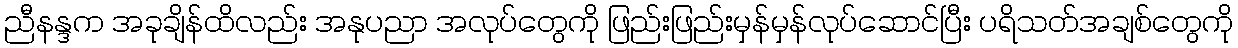
ညီနန္ဒက အခုချိန်ထိလည်း အနုပညာ အလုပ်တွေကို ဖြည်းဖြည်းမှန်မှန်လုပ်ဆောင်ပြီး ပရိသတ်အချစ်တွေကို